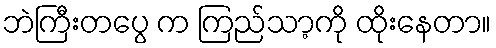
ဘဲကြီးတပွေ က ကြည်သာ့ကို ထိုးနေတာ။